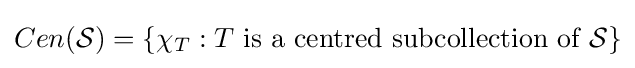
Cen({\mathcal {S}})=\{\chi _{T}:T{\text{ is a centred subcollection of }}{\mathcal {S}}\}